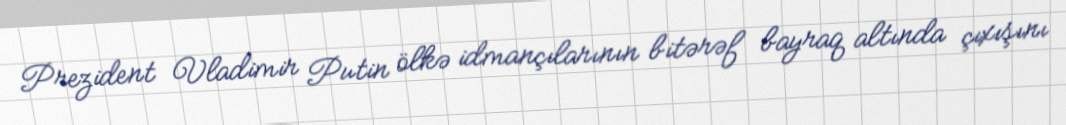
Prezident Vladimir Putin ölkə idmançılarının bitərəf bayraq altında çıxışını